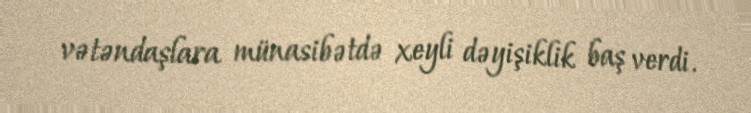
vətəndaşlara münasibətdə xeyli dəyişiklik baş verdi.